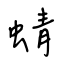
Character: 蜻